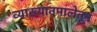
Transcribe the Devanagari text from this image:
व्याख्यानमालेतून